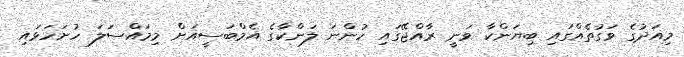
މިއަދުގެ ވަގުތެއްގައި ބިޔަންކާ ވަނީ ރާއްޖޭގައި ހުންނަ ލަންކާގެ އެމްބަސީއަށް މިމައްސަލަ ހުށަހަޅައި